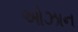
ઓઝાન